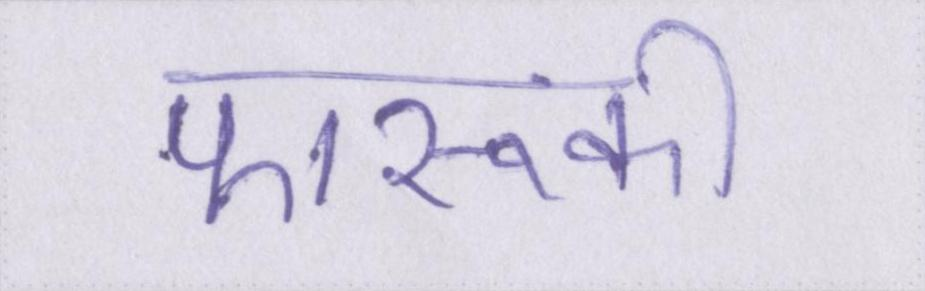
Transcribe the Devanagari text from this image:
फारूकी